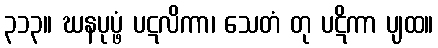
၃၁၃။ ဃနပုပ္ဖံ ပဋလိကာ၊ သေတံ တု ပဋိကာ ပျထ။